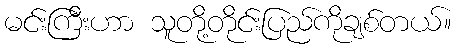
မင်းကြီးဟာ သူတို့တိုင်းပြည်ကိုချစ်တယ်။